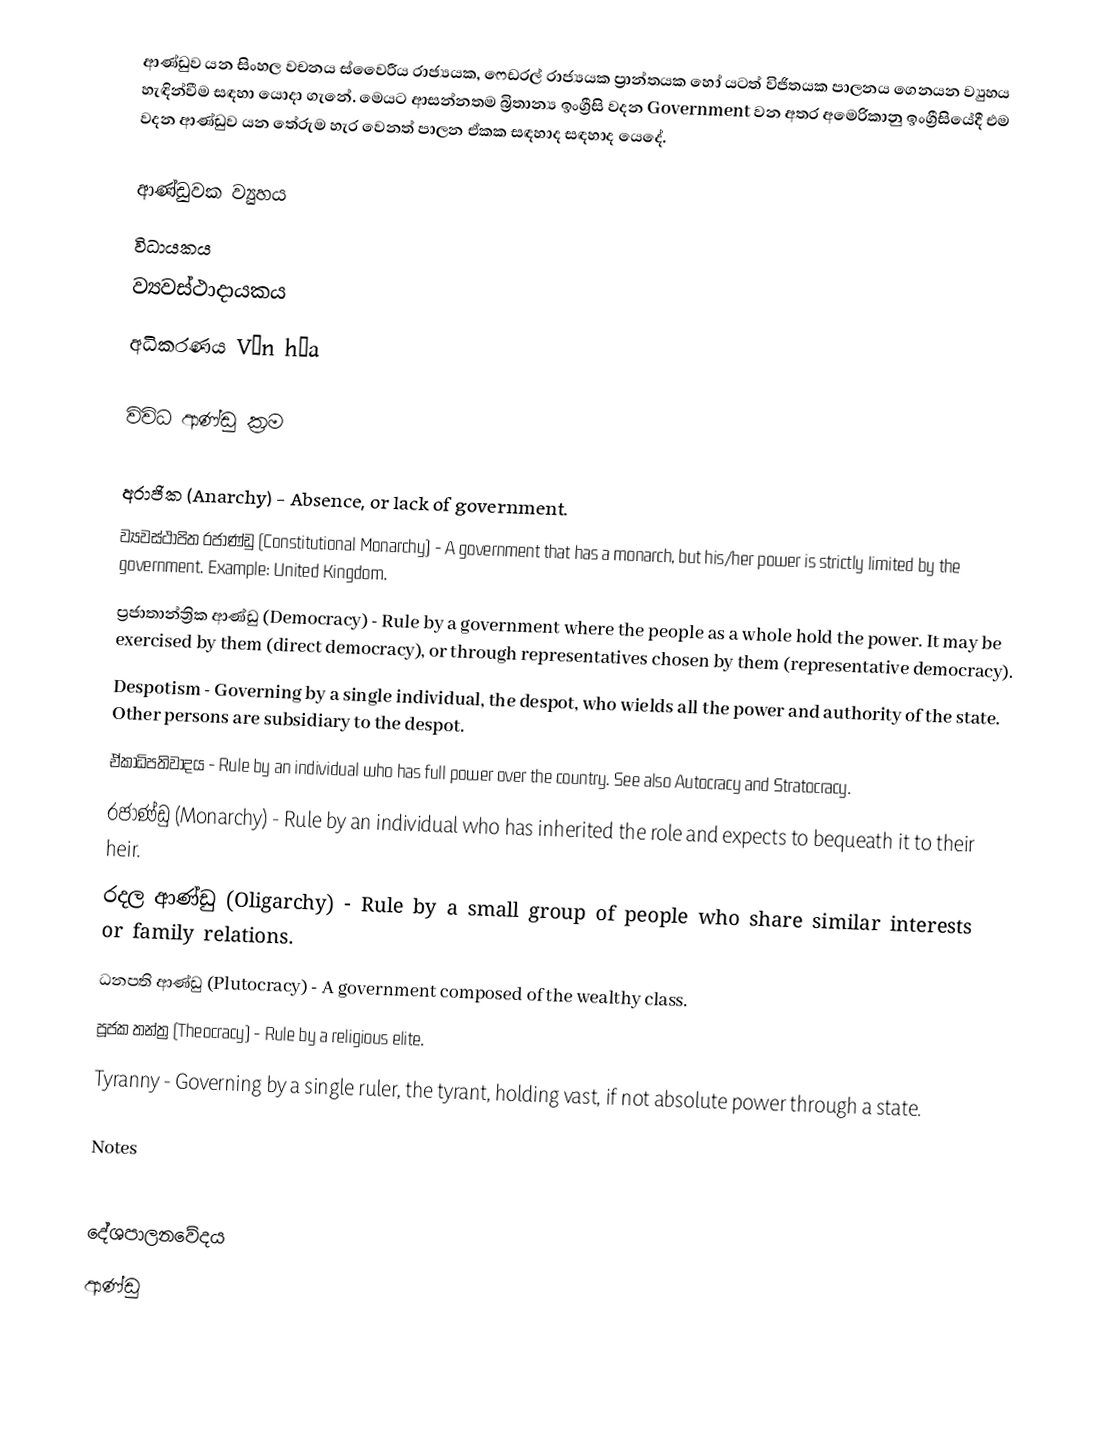
ආණ්ඩුව යන සිංහල වචනය ස්වෛරීය රාජ්‍යයක, ෆෙඩරල් රාජ්‍යයක ප්‍රාන්තයක හෝ යටත් විජිතයක පාලනය ගෙනයන ව්‍යුහය හැඳින්වීම සඳහා යොදා ගැනේ. මෙයට ආසන්නතම බ්‍රිතාන්‍ය ඉංග්‍රීසි වදන Government වන අතර අමෙරිකානු ඉංග්‍රීසියේදී එම වදන ආණ්ඩුව යන තේරුම හැර වෙනත් පාලන ඒකක සඳහාද  සඳහාද යෙදේ.

ආණ්ඩුවක ව්‍යුහය
 විධායකය
 ව්‍යවස්ථාදායකය
 අධිකරණය Văn hóa

විවිධ ආණ්ඩු ක්‍රම

අරාජික (Anarchy) - Absence, or lack of government.
ව්‍යවස්ථාපිත රජාණ්ඩු (Constitutional Monarchy) - A government that has a monarch, but his/her power is strictly limited by the government.  Example: United Kingdom.
ප්‍රජාතාන්ත්‍රික ආණ්ඩු (Democracy) - Rule by a government where the people as a whole hold the power. It may be exercised by them (direct democracy), or through representatives chosen by them (representative democracy).
Despotism -  Governing by a single individual, the despot, who wields all the power and authority of the state. Other persons are subsidiary to the despot.
ඒකාධිපතිවාදය - Rule by an individual who has full power over the country. See also Autocracy and Stratocracy.
රජාණ්ඩු (Monarchy) - Rule by an individual who has inherited the role and expects to bequeath it to their heir.
රදල ආණ්ඩු (Oligarchy) - Rule by a small group of people who share similar interests or family relations.
ධනපති ආණ්ඩු (Plutocracy) - A government composed of the wealthy class.
පූජක තන්ත්‍ර (Theocracy) - Rule by a religious elite.
Tyranny - Governing by a single ruler, the tyrant, holding vast, if not absolute power through a state.

Notes

දේශපාලනවේදය
ආණ්ඩු